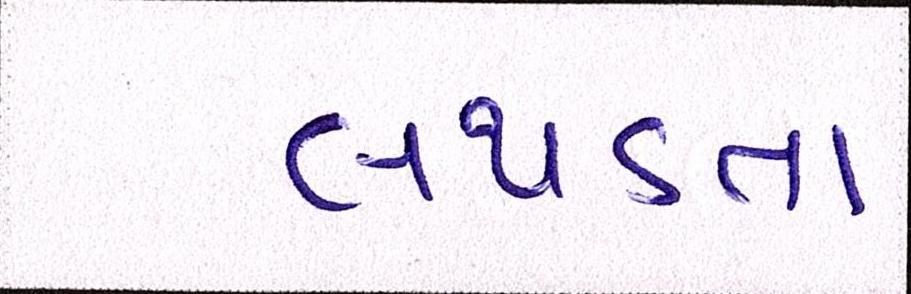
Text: લથડતા